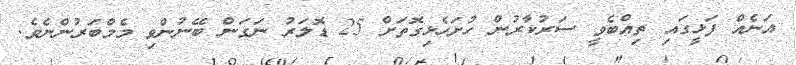
އަނެއް ފަޅީގައި ތިއްބެވީ ސަރުކާރުން ހުށަހެޅިގޮތަށް 25 ޑޮލަރު ނަގަން ބޭނުންވި މެމްބަރުންނެވެ.